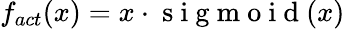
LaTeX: f_{act}(x)=x\cdot\mathrm{~s~i~g~m~o~i~d~}(x)